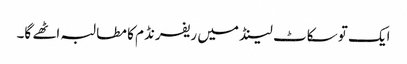
ایک تو سکاٹ لینڈ میں ریفرنڈم کا مطالبہ اٹھے گا۔